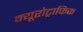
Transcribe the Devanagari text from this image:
न्यूरोट्राफिक